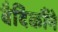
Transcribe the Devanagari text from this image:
वैदिकौंने